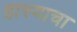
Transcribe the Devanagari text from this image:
हास्याचा